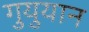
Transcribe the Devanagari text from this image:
गुयुयान